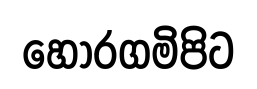
හොරගමිපිට